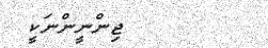
ޖިންނީންނަކީ